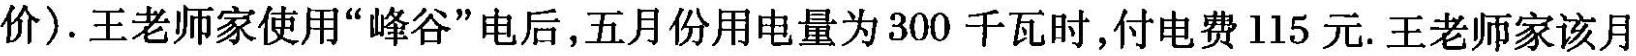
价)。王老师家使用“峰谷”电后，五月份用电量为300千瓦时，付电费115元。王老师家该月